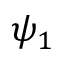
\psi _ { 1 }